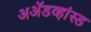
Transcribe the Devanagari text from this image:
अॲडव्हांस्ड